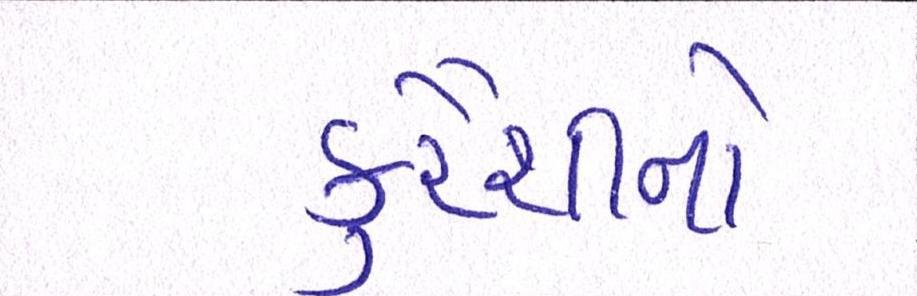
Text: કુરૈશીનો